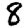
Digit: 8